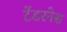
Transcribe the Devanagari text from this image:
टेंडरनेस